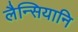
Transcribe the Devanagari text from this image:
लैन्सियानि